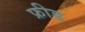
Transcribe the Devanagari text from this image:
फ्रीड